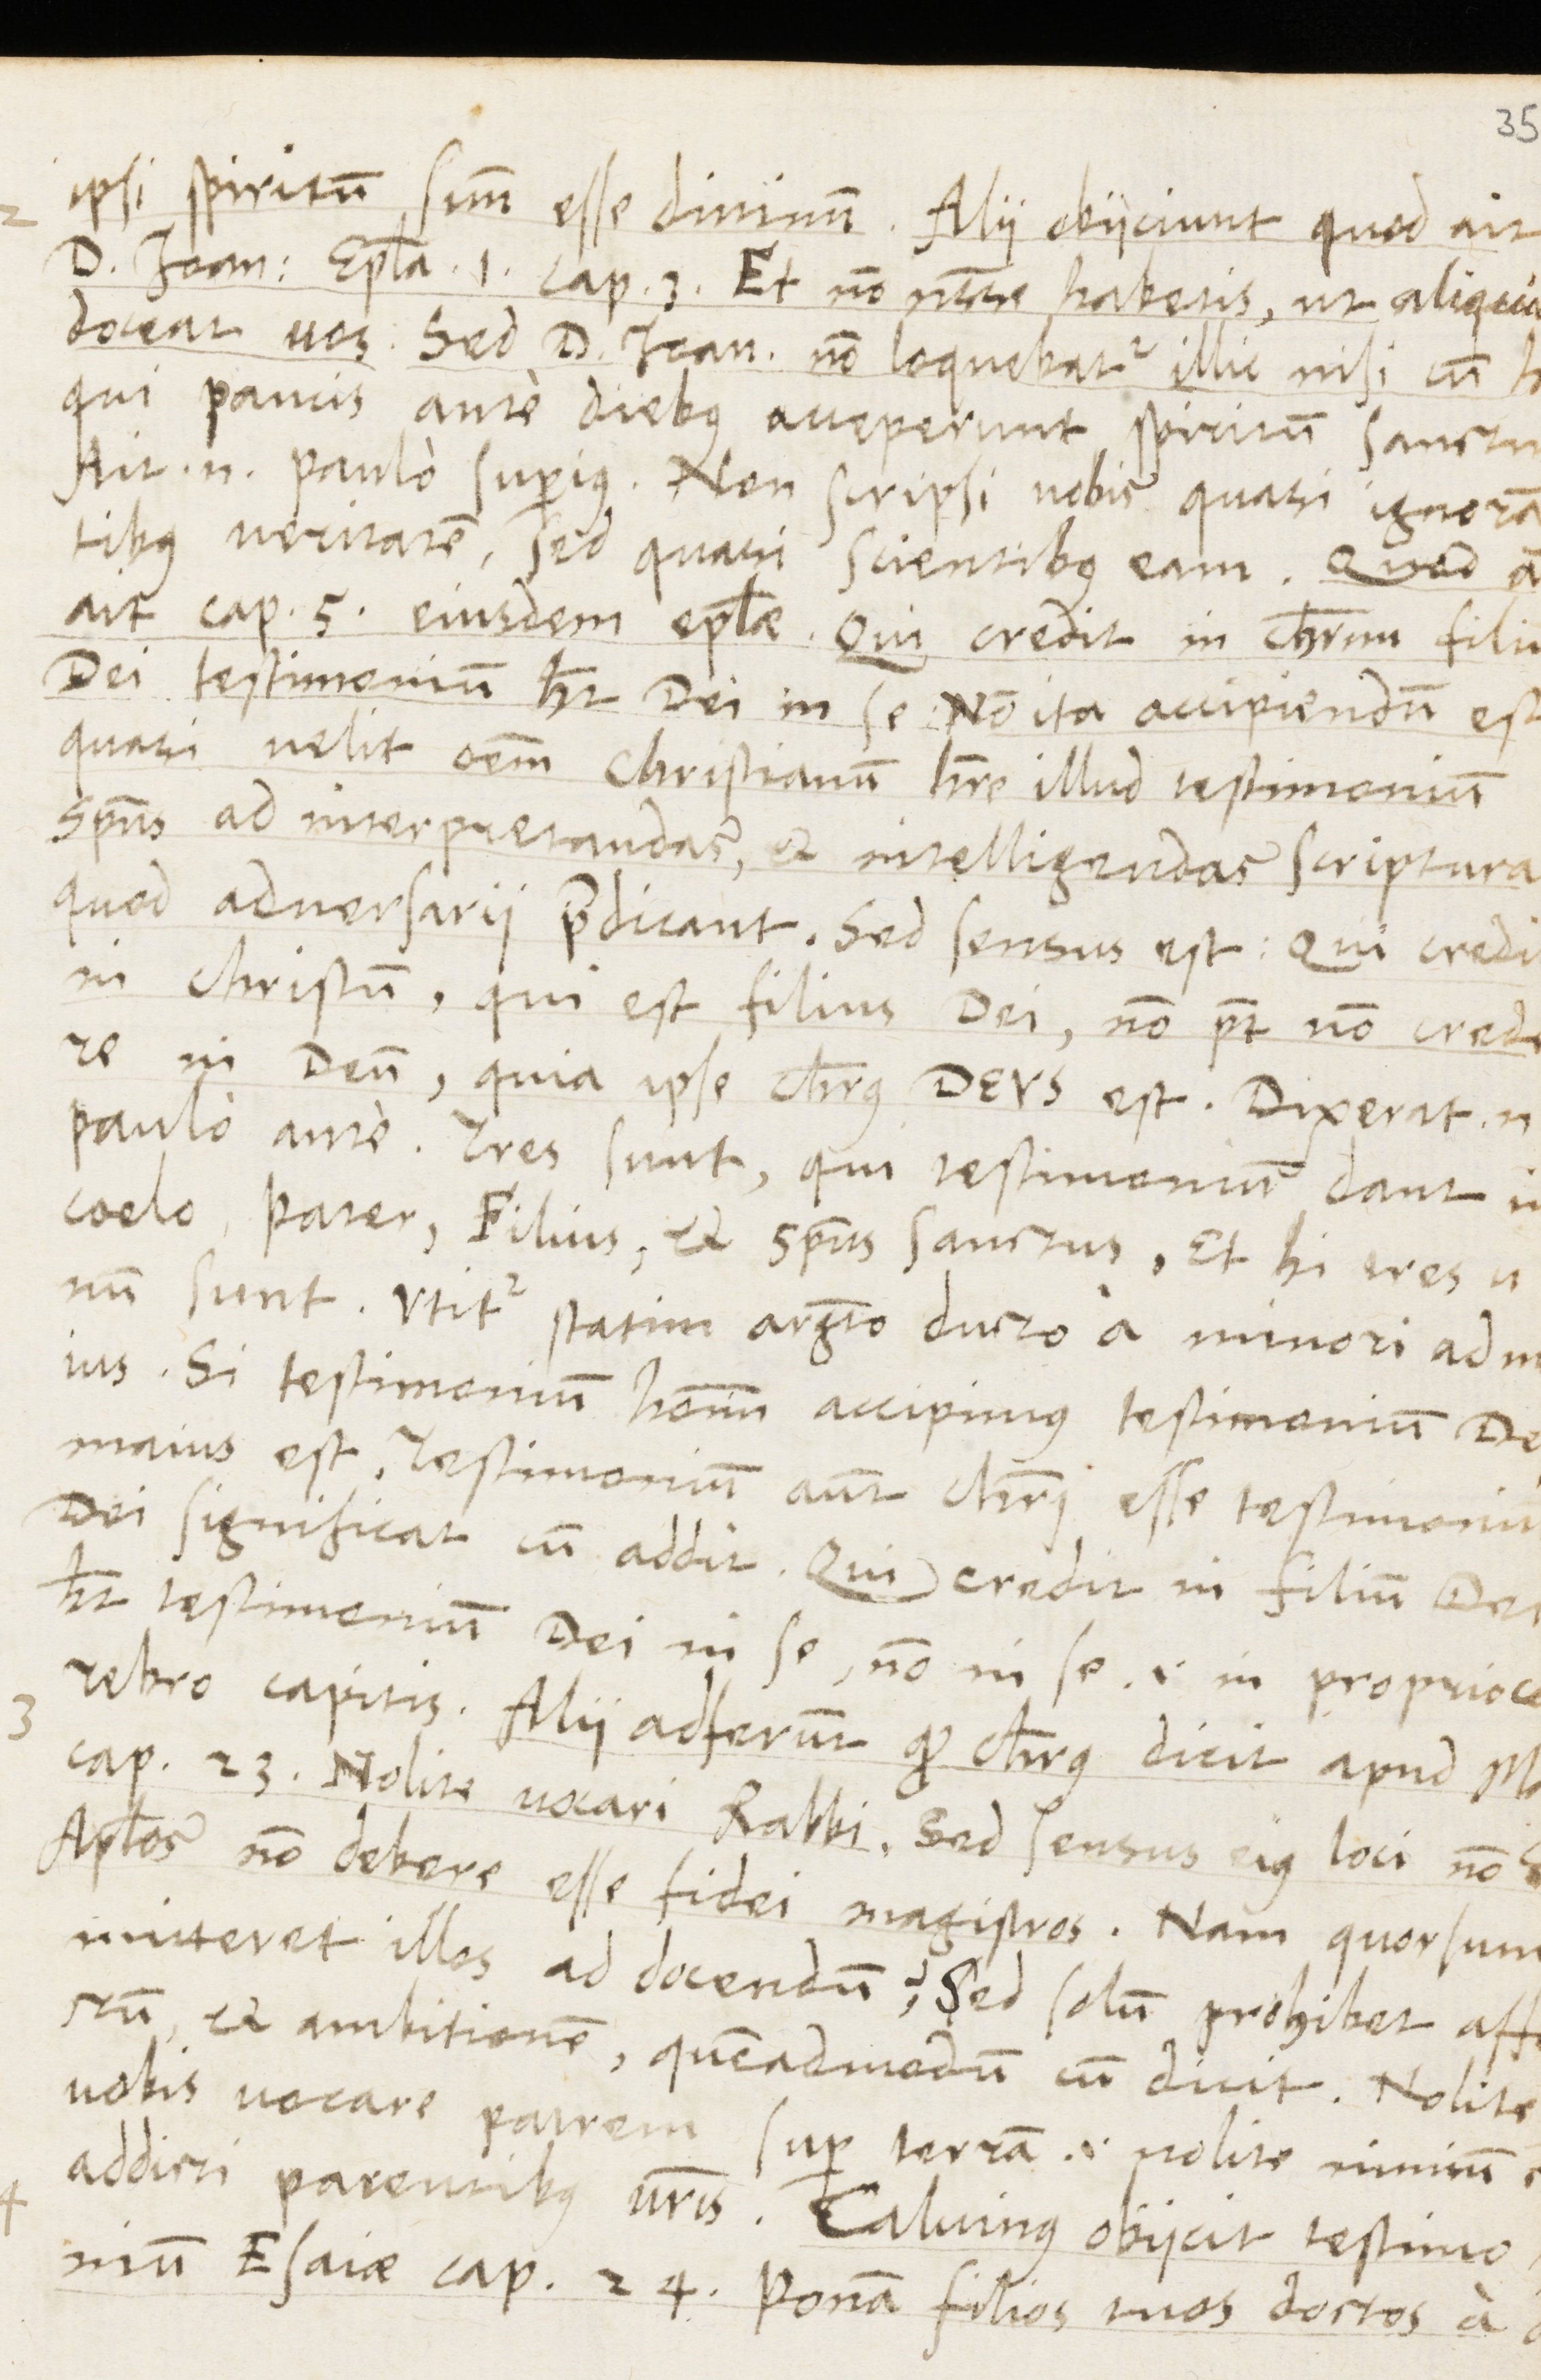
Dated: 1565–1569